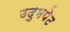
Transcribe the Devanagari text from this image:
उदुमपेट